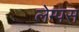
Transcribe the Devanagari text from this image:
लेम्पस